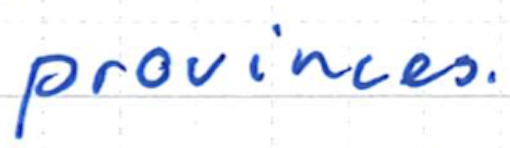
Text: provinces.
Cross-out: clean
Writing tool: ballpoint